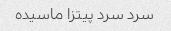
سرد سرد پیتزا ماسیده